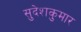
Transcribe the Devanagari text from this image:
सुदेशकुमार